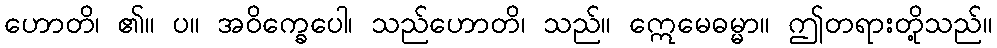
ဟောတိ၊ ၏။ ပ။ အဝိက္ခေပေါ၊ သည်ဟောတိ၊ သည်။ ဣေမေဓမ္မာ။ ဤတရားတို့သည်။